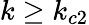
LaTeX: k\geq k_{c2}